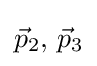
{\vec {p}}_{2},\,{\vec {p}}_{3}